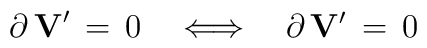
\partial \, {\bf V}^\prime \, = \, 0 \quad \Longleftrightarrow \quad\partial \, {\bf V}^\prime \, = \, 0